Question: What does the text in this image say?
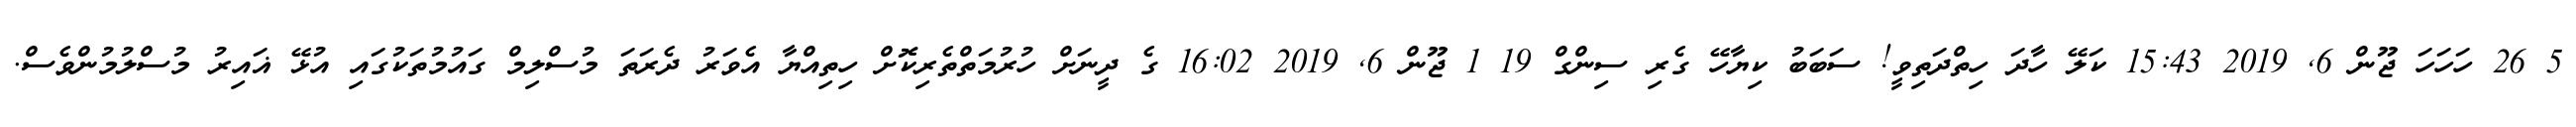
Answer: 5 26 ހަހަހަ ޖޫން 6, 2019 15:43 ކަލޭ ހާދަ ހިތްދަތިވީ! ސަބަބު ކިޔާހޭ ގެރި ސިންގް 19 1 ޖޫން 6, 2019 16:02 ގެ ދީނަށް ހުރުމަތްތެރިކޮށް ހިތިއްޔާ އެވަރު ދެރަތަ މުސްލިމް ގައުމުތަކުގައި އުޅޭ ޣައިރު މުސްލުމުންވެސް.